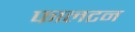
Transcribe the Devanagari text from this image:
फालटन